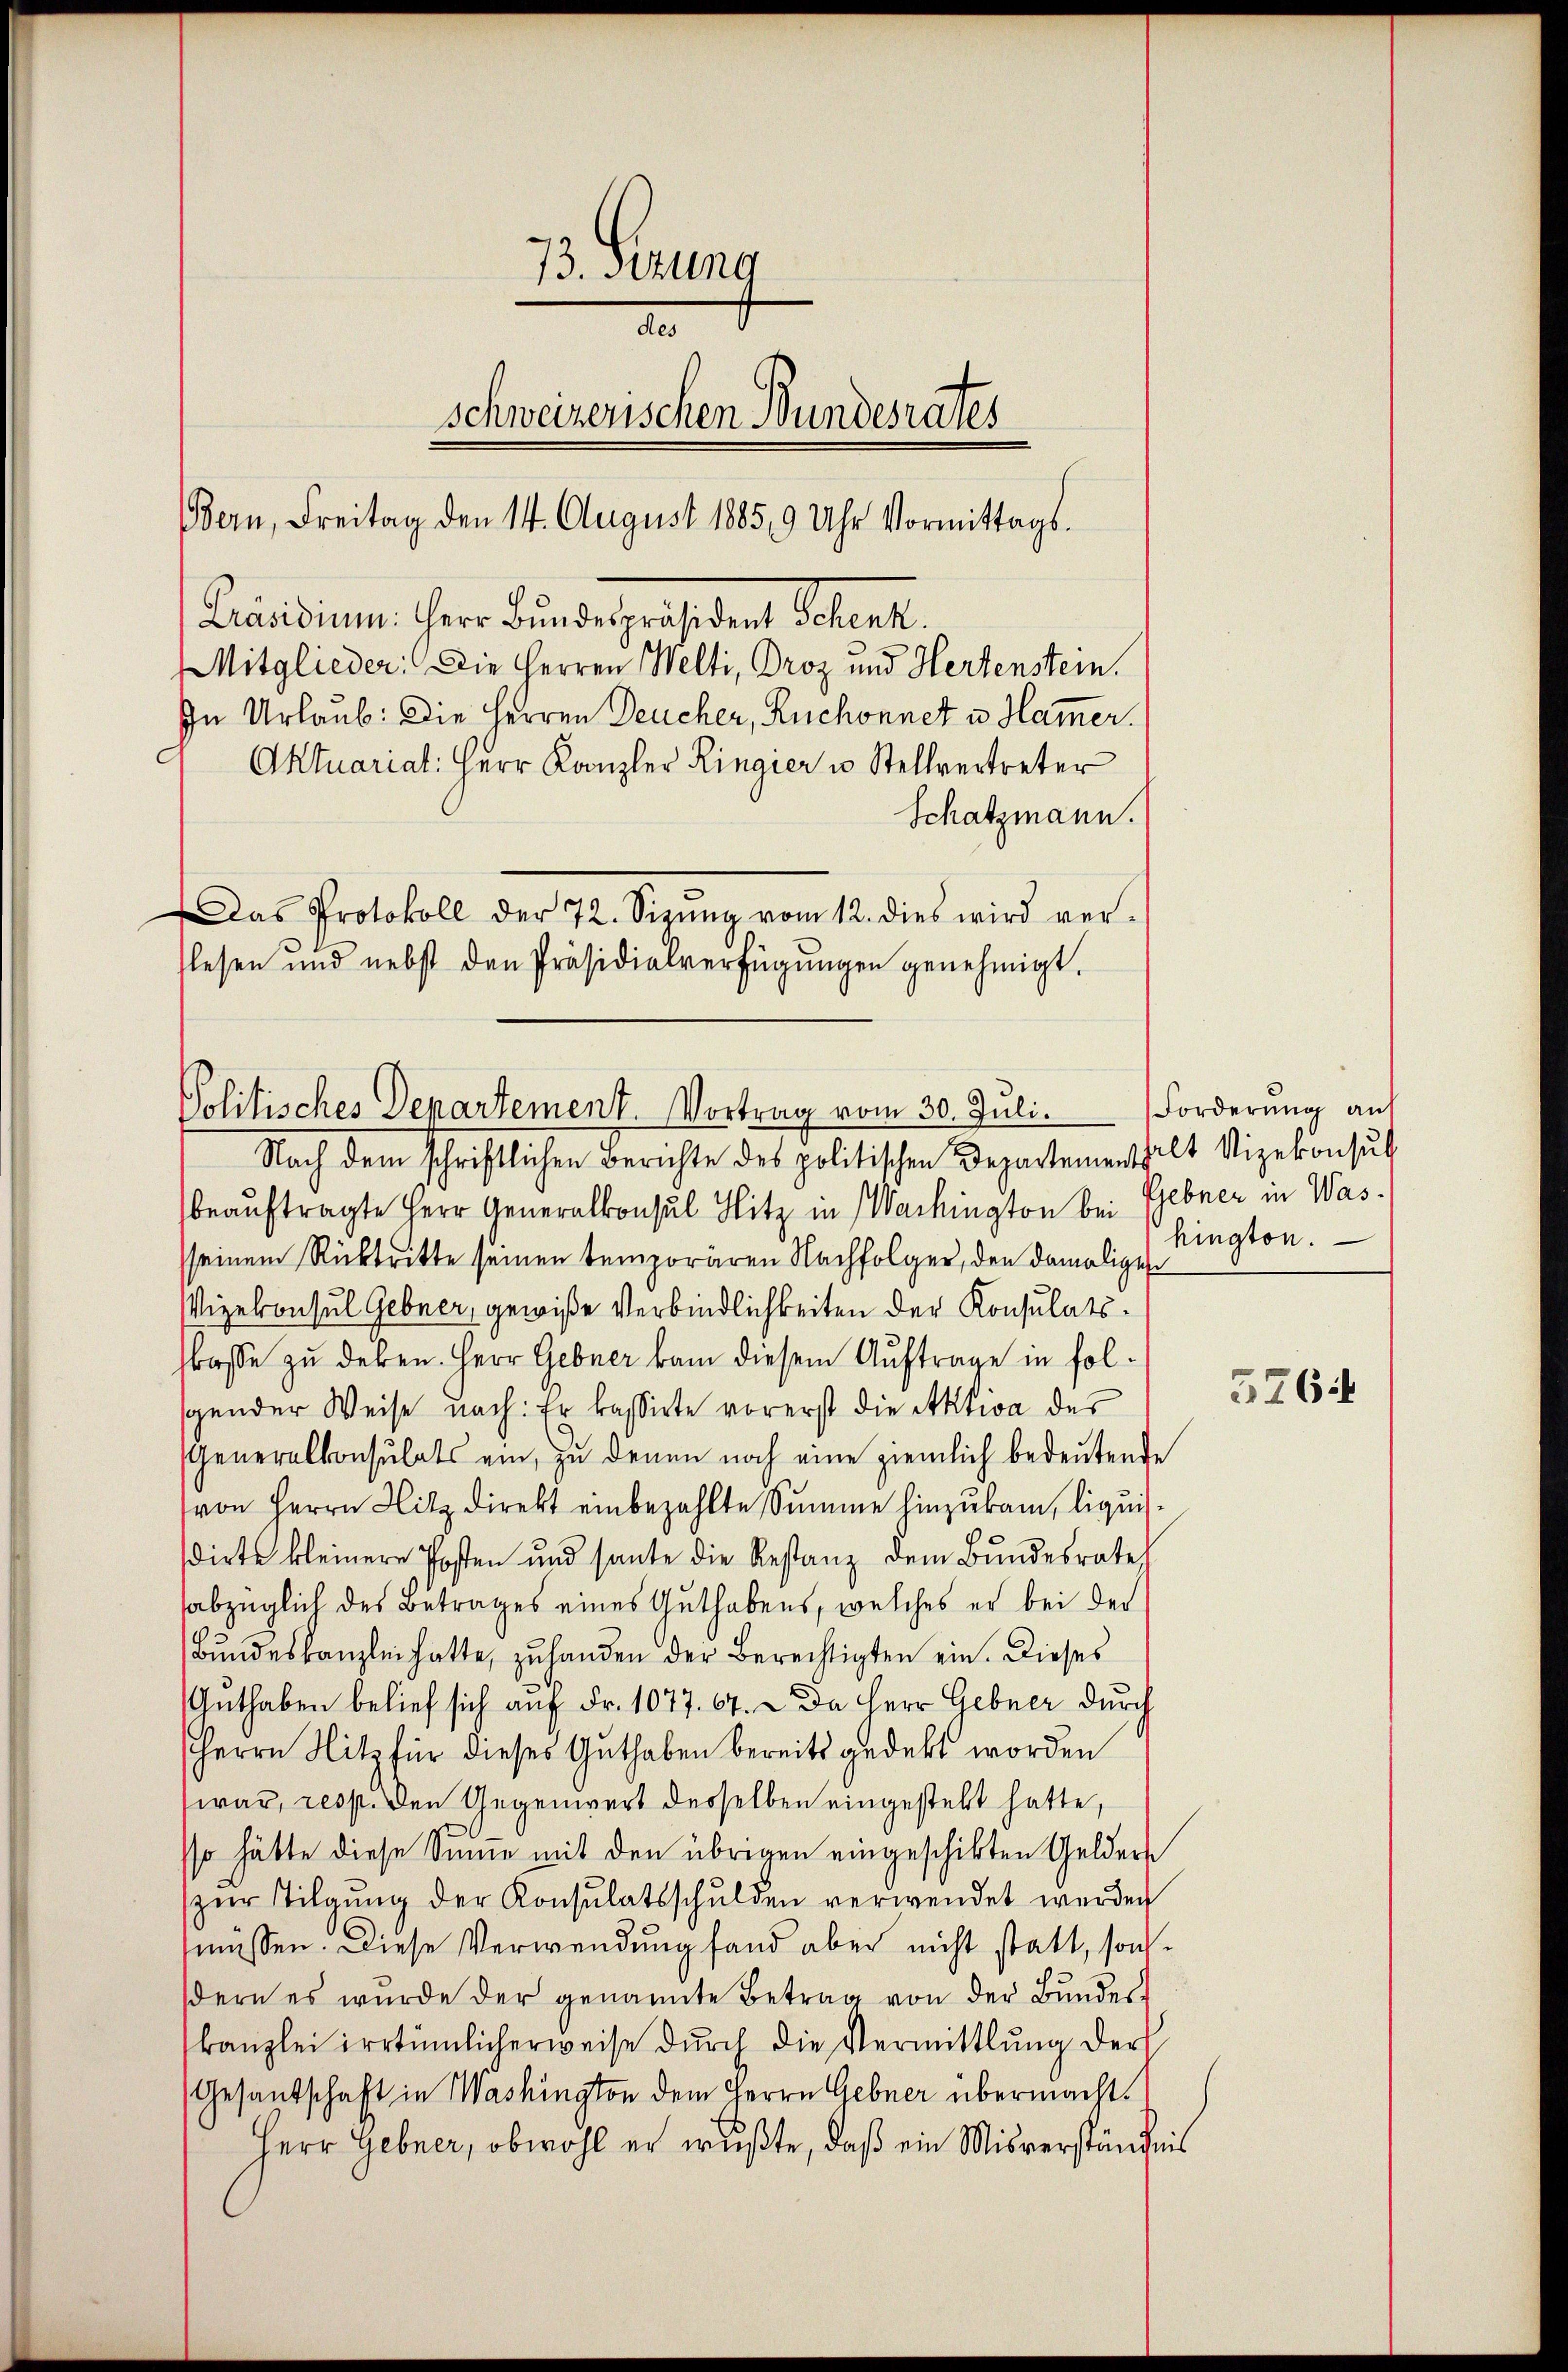
73. Ferung
d
schweizerischen Bundesrates
Bern, Freitag den 14. August 1885, 9 Uhr Vormittags.
Präsidium. Herr Bundesrathe den Sohnert.
Mitglieder: Die Herren Welti, Droz und Hertenstein.
In Urlaub. Die Herren Deucher, Ruchonnet u. Hammer.
Aktuariat: Herr Kanzler Ringier u Stellvertreter
Schatzmann.
Das Protokoll der 72. Sizŭng vom 12. dies wird ver-
lesen und nebst den Präsidialverfügŭngen genehmigt.

Politisches Departement. Vortrag vom 30. Juli.

Nach dem schriftlichen Berichte des politischen Departementhalt Vizekonsul
beauftragte Herr Generalkonsul Hitz in Wachington bei Gebner in Wassseinem Rücktritte seinen temporären Nachfolger, den damalige
Vizekonsul Gebner, gewiße Verbindlichkeiten der Konsulatsasse zu deben. Herr Gebner kam diesem Auftrage in folgender Weise nach: Er kassirte vorerst die Aktwa der
Generalkonsulats ein, zu denen noch eine ziemlich bedeŭtende
von Herrn Hitz direkt einbezahlte Summe hinzukam, liqui
dirtes kleinere Posten und sante die Restanz dem Bundesrates
abzüglich des Betrages eines Guthabens, welches er bei der
Bundeskanzlei hatte, zu handen der Berechtigten ein. Dieses
Guthaben belief sich auf Fr. 1077. 67. Da Herr Gebner durch
Herrn Hitz für dieses Guthaben bereits gedekt worden
war, resp. den Gegenwart desselben eingesteht hatte,
sso hätte diese Summe mit den übrigen eingeschikten Gelders
zŭr Tilgung der Konsulatsschulden verwendet werden
müssen. Diese Verwendung fand aber nicht statt, sond
dern es wurde der genannte Betrag von der Bŭndes-
kanzlei irrtümlicherweise dŭrch die Vermittlung der
Gesandschaft in Washington dem Herrn Gebner übermacht.
Herr Gebner, obwohl er wußte, daß ein Misverständnis

Forderung auf
hington.

376